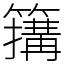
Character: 簼